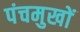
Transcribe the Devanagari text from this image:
पंचमुखों